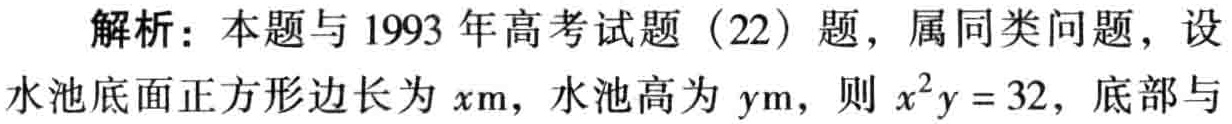
解析：本题与1993 年高考试题（22）题，属同类问题，设水池底面正方形边长为 \(x\text{m}\)，水池高为 \(y\text{m}\)，则 \(x^{2}y = 32\)，底部与